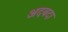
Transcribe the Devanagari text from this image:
अदबदा